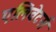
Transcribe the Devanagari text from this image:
एलिवेटर्स